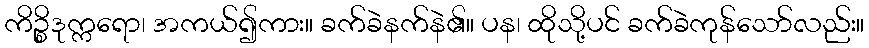
ကိဉ္စိဒုက္ကရော၊ အကယ်၍ကား။ ခက်ခဲနက်နဲ၏။ ပန၊ ထိုသို့ပင် ခက်ခဲကုန်သော်လည်း။